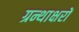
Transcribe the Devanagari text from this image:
ग्रन्थाक्षरों